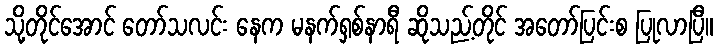
သို့တိုင်အောင် တော်သလင်း နေက မနက်ရှစ်နာရီ ဆိုသည့်တိုင် အတော်ပြင်းစ ပြုလာပြီ။